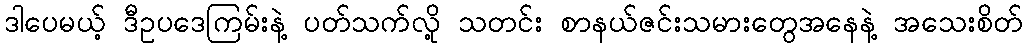
ဒါပေမယ့် ဒီဥပဒေကြမ်းနဲ့ ပတ်သက်လို့ သတင်း စာနယ်ဇင်းသမားတွေအနေနဲ့ အသေးစိတ်